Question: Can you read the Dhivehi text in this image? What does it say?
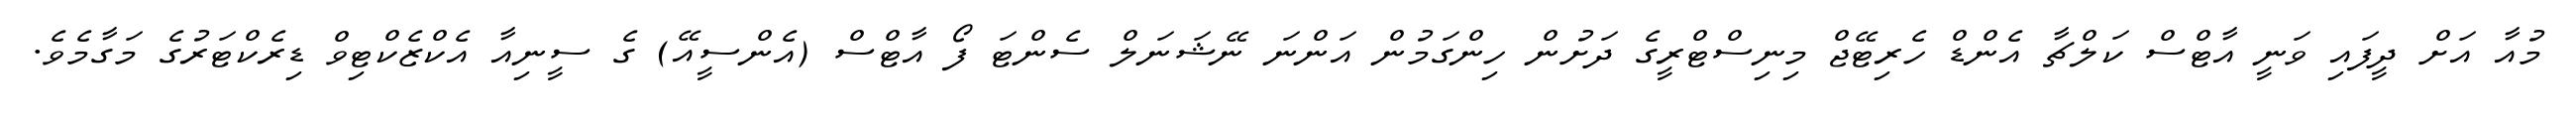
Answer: މުއާ އަށް ދީފައި ވަނީ އާޓްސް ކަލްޗާ އެންޑް ހެރިޓޭޖް މިނިސްޓްރީގެ ދަށުން ހިންގަމުން އަންނަ ނޭޝަނަލް ސެންޓަ ފޯ އާޓްސް (އެންސީއޭ) ގެ ސީނިއާ އެކްޒެކްޓިވް ޑިރެކްޓަރުގެ މަގާމެވެ.